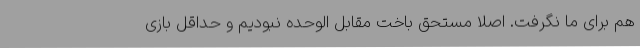
هم برای ما نگرفت. اصلا مستحق باخت مقابل الوحده نبودیم و حداقل بازی